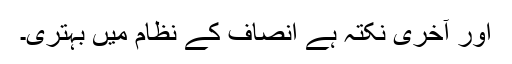
اور آخری نکتہ ہے انصاف کے نظام میں بہتری۔